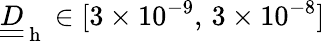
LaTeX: \underline{{\underline{{D}}}}_{\mathrm{~h~}}\in[3\times 10^{-9},\, 3\times 10^{-8}]